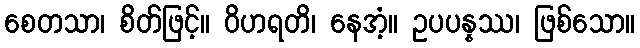
စေတသာ၊ စိတ်ဖြင့်။ ဝိဟရတိ၊ နေအံ့။ ဥပပန္နဿ၊ ဖြစ်သော။